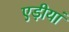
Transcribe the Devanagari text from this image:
एड़ीयां